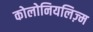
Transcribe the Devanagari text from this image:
कोलोनियलिज़्म